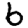
Digit: 6